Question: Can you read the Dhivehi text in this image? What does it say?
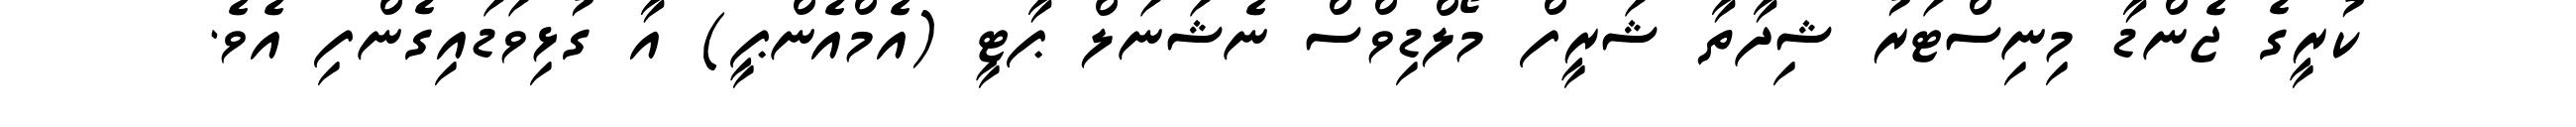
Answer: ކުރީގެ ޖެންޑާ މިނިސްޓަރު ޝިދާތާ ޝަރީފް މޯލްޑިވްސް ނެޝަނަލް ޕާޓީ (އެމްއެންޕީ) އާ ގުޅިވަޑައިގެންފި އެވެ.